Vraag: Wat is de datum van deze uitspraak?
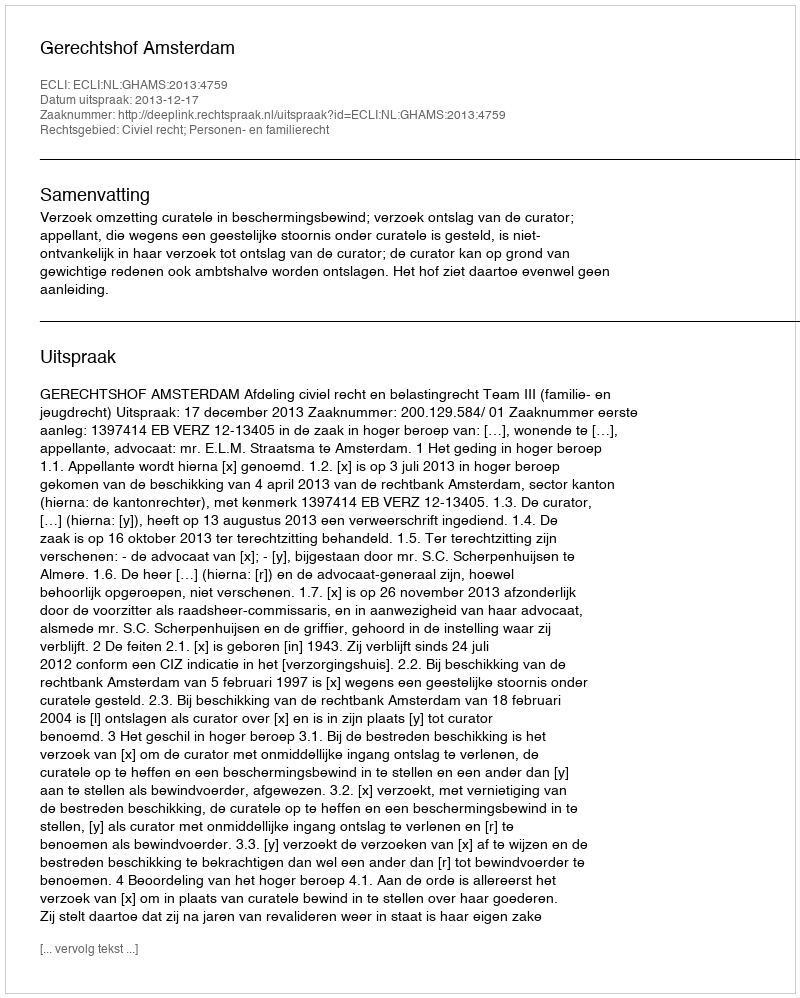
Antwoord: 2013-12-17